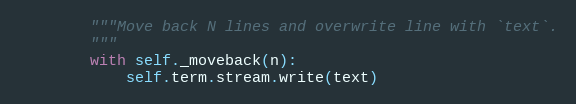
Language: Python
        """Move back N lines and overwrite line with `text`.
        """
        with self._moveback(n):
            self.term.stream.write(text)